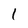
Character: l